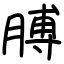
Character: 膊